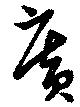
廣